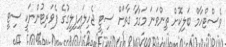
ވެސްޓްހާމް ބަލިކޮށް ތިންވަނަ މަގާމާ ގާތަށް ސިޓީ ޖެހިލައިފިލީގުގެ ފެވަރިޓުންނަކީ ސިޓީ